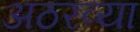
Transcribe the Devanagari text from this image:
अठरव्या